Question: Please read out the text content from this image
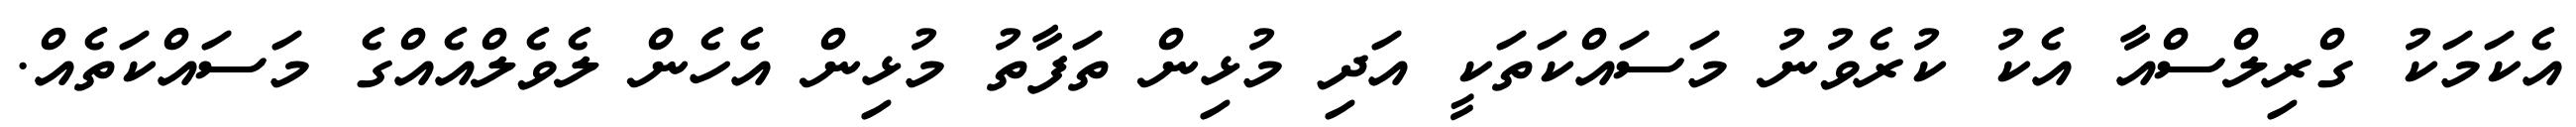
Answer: އެކަމަކު ގްރިލްސްއާ އެކު ކުރެވުނު މަސައްކަތަކީ އަދި މުޅިން ތަފާތު މުޅިން އެހެން ލެވެލްއެއްގެ މަސައްކަތެއް.